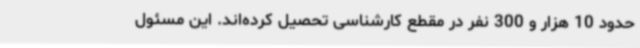
حدود 10 هزار و 300 نفر در مقطع کارشناسی تحصیل کرده‌اند. این مسئول